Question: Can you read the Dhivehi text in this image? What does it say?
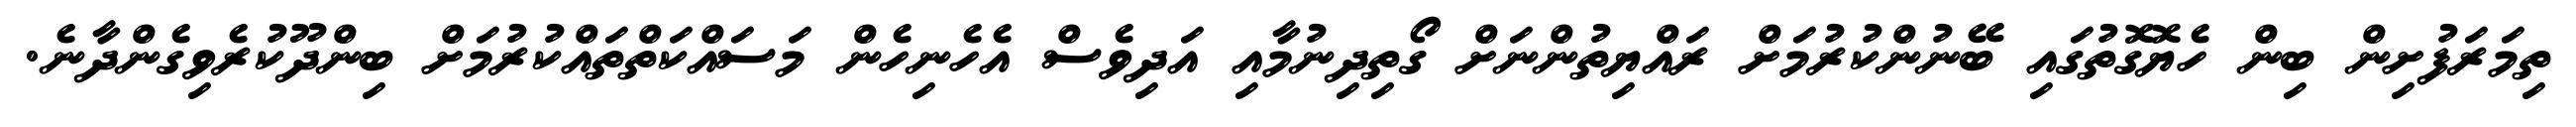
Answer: ތިމަރަފުށިން ބިން ހެޔޮގޮތުގައި ބޭނުންކުރުމަށް ރައްޔިތުންނަށް ގޯތިދިނުމާއި އަދިވެސް އެހެނިހެން މަސައްކަތްތައްކުރުމަށް ބިންދޫކުރެވިގެންދާނެ.